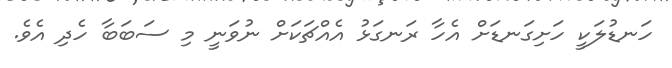
ހަނޑުލަކީ ހަށިގަނޑަށް އެހާ ރަނގަޅު އެއްޗަކަށް ނުވަނީ މި ސަބަބާ ހެދި އެވެ.